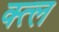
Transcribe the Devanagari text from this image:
क्त्ल